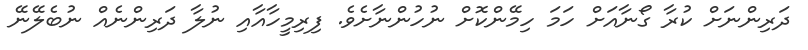
ދަރިންނަށް ކުރާ ގޯނާއަށް ހަމަ ހިމޭންކޮށް ނުހުންނާށެވެ. ފިރިމީހާއާއި ނުލާ ދަރިންނެއް ނުބެލޭނޭ